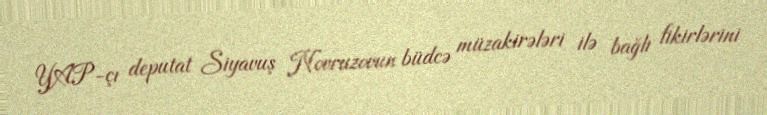
YAP-çı deputat Siyavuş Novruzovun büdcə müzakirələri ilə bağlı fikirlərini